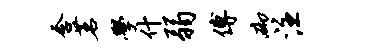
含茗学什弱傅砌注